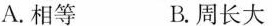
A.相等 B.周长大